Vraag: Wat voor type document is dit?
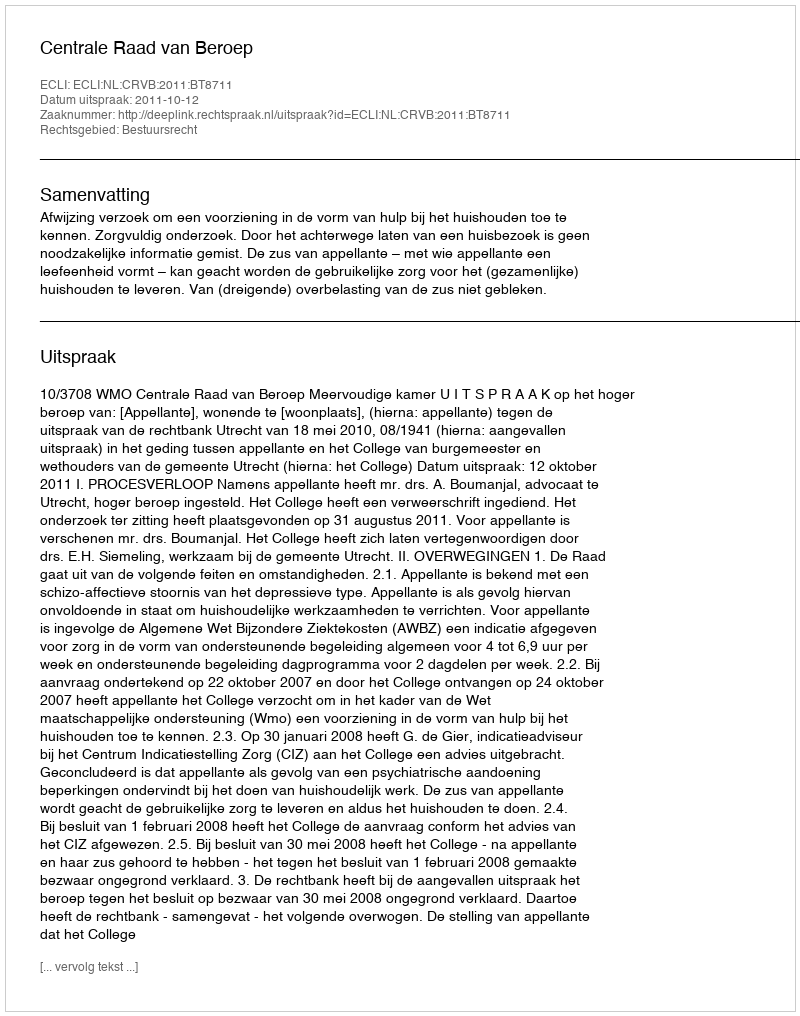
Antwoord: Uitspraak